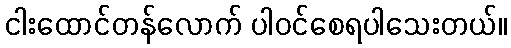
ငါးထောင်တန်လောက် ပါဝင်စေရပါသေးတယ်။